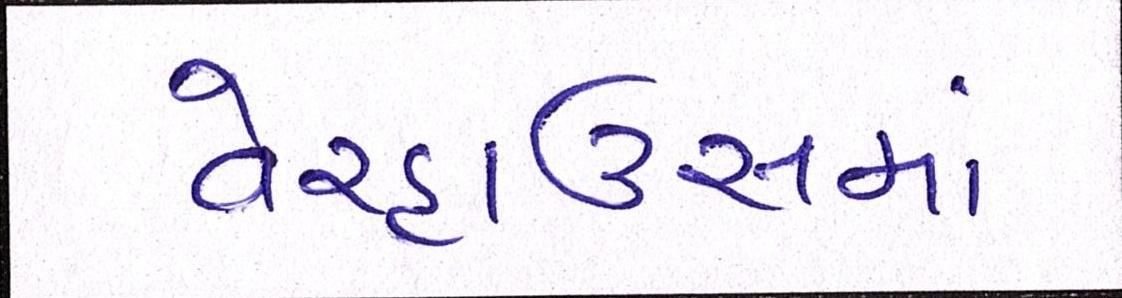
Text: વેરહાઉસમાં